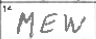
Transcription: MEW